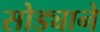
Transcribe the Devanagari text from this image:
सोड्याने